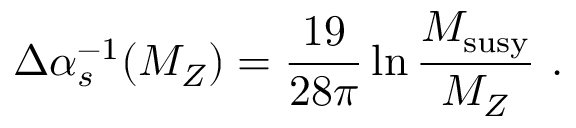
\Delta \alpha _ { s } ^ { - 1 } ( M _ { Z } ) = { \frac { 1 9 } { 2 8 \pi } } \ln { \frac { M _ { \mathrm { s u s y } } } { M _ { Z } } } ~ .